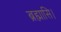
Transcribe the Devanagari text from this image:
ब्रह्मासि।